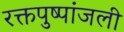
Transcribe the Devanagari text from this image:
रक्तपुष्पांजली